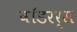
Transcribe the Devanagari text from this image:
वॉडरर्स